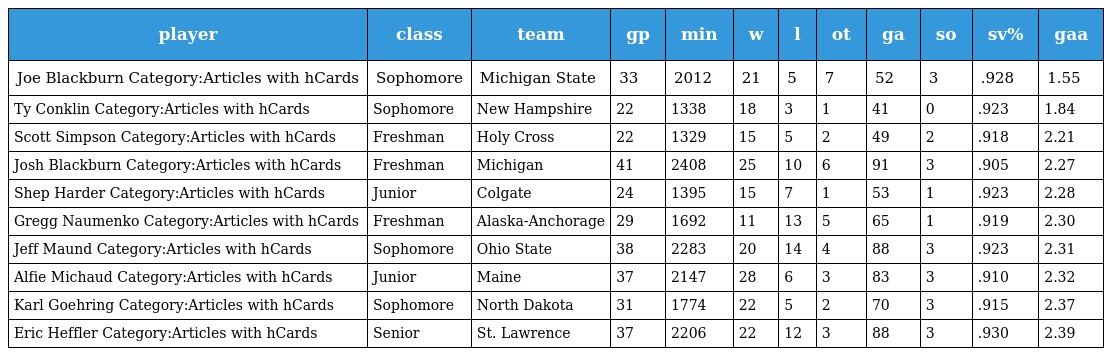
| player | class | team | gp | min | w | l | ot | ga | so | sv% | gaa |
 | --- | --- | --- | --- | --- | --- | --- | --- | --- | --- | --- | --- |
 | Joe Blackburn Category:Articles with hCards | Sophomore | Michigan State | 33 | 2012 | 21 | 5 | 7 | 52 | 3 | .928 | 1.55 |
 | Ty Conklin Category:Articles with hCards | Sophomore | New Hampshire | 22 | 1338 | 18 | 3 | 1 | 41 | 0 | .923 | 1.84 |
 | Scott Simpson Category:Articles with hCards | Freshman | Holy Cross | 22 | 1329 | 15 | 5 | 2 | 49 | 2 | .918 | 2.21 |
 | Josh Blackburn Category:Articles with hCards | Freshman | Michigan | 41 | 2408 | 25 | 10 | 6 | 91 | 3 | .905 | 2.27 |
 | Shep Harder Category:Articles with hCards | Junior | Colgate | 24 | 1395 | 15 | 7 | 1 | 53 | 1 | .923 | 2.28 |
 | Gregg Naumenko Category:Articles with hCards | Freshman | Alaska-Anchorage | 29 | 1692 | 11 | 13 | 5 | 65 | 1 | .919 | 2.30 |
 | Jeff Maund Category:Articles with hCards | Sophomore | Ohio State | 38 | 2283 | 20 | 14 | 4 | 88 | 3 | .923 | 2.31 |
 | Alfie Michaud Category:Articles with hCards | Junior | Maine | 37 | 2147 | 28 | 6 | 3 | 83 | 3 | .910 | 2.32 |
 | Karl Goehring Category:Articles with hCards | Sophomore | North Dakota | 31 | 1774 | 22 | 5 | 2 | 70 | 3 | .915 | 2.37 |
 | Eric Heffler Category:Articles with hCards | Senior | St. Lawrence | 37 | 2206 | 22 | 12 | 3 | 88 | 3 | .930 | 2.39 |